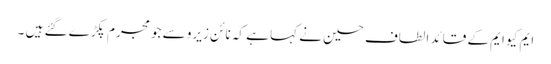
ایم کیو ایم کے قائد الطاف حسین نے کہا ہے کہ نائن زیرو سے جو مجرم پکڑے گئے ہیں ۔